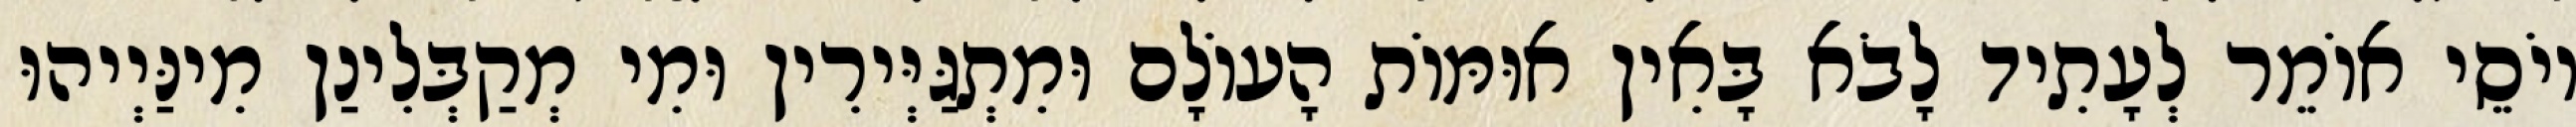
יוֹסֵי אוֹמֵר לְעָתִיד לָבֹא בָּאִין אוּמּוֹת הָעוֹלָם וּמִתְגַּיְּירִין וּמִי מְקַבְּלִינַן מִינַּיְיהוּ